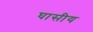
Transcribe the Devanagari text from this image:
घासीय